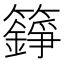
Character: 𮆸